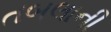
તબલાની